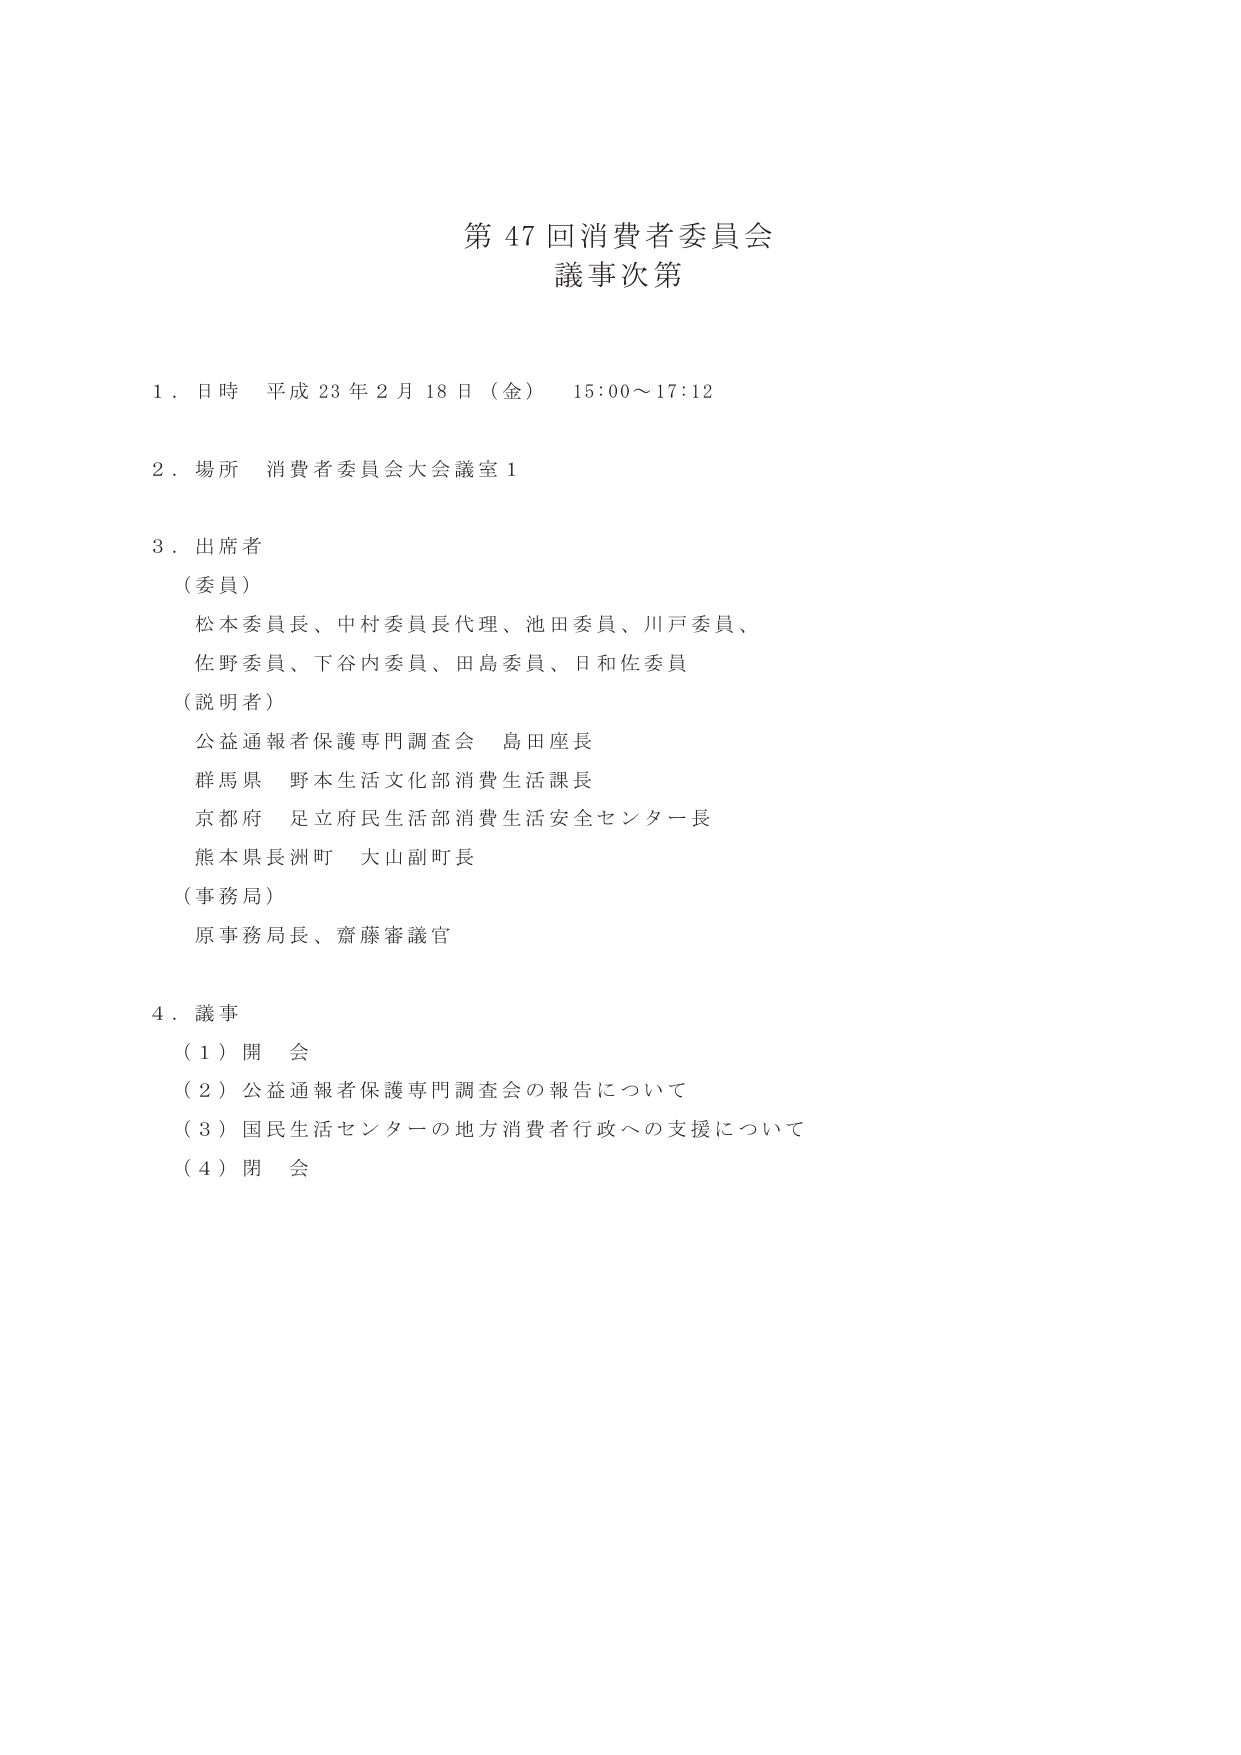
第 47 回消費者委員会
議事次第

1．日時 平成 23 年 2 月 18 日（金） 15:00～17:12

2．場所 消費者委員会大会議室 1

3．出席者
（委員）
松本委員長、中村委員長代理、池田委員、川戸委員、
佐野委員、下谷内委員、田島委員、日和佐委員
（説明者）
公益通報者保護専門調査会 島田座長
群馬県 野本生活文化部消費生活課長
京都府 足立府民生活部消費生活安全センター長
熊本県長洲町 大山副町長
（事務局）
原事務局長、齋藤審議官

4．議事
（1）開会
（2）公益通報者保護専門調査会の報告について
（3）国民生活センターの地方消費者行政への支援について
（4）閉会